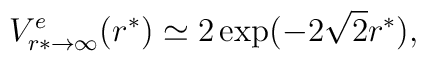
V^e_{r*\to \infty}(r^*) \simeq 2 \exp( -2 \sqrt 2 r^*),